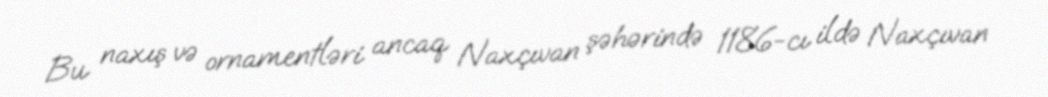
Bu naxış və ornamentləri ancaq Naxçıvan şəhərində 1186-cı ildə Naxçıvan